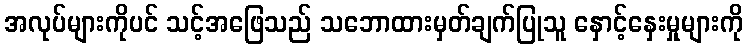
အလုပ်များကိုပင် သင့်အဖြေသည် သဘောထားမှတ်ချက်ပြုသူ နှောင့်နှေးမှုများကို